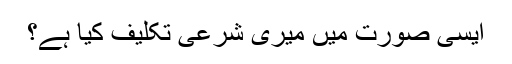
ایسی صورت میں میری شرعی تکلیف کیا ہے؟